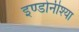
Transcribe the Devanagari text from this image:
इण्डोनीश्या